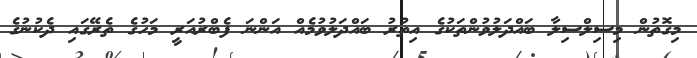
މިގޮތުން މިސިލްސިލާ ބައްދަލުވުންތަކުގެ އިތުރު ބައްދަލުުވުމެއް އަންނަ ފެބްރުއަރީ މަހުގެ ތެރޭގައި ދެކުނުގެ